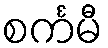
စင်္ကမီ